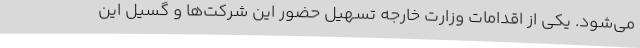
می‌شود. یکی از اقدامات وزارت خارجه تسهیل حضور این شرکت‌ها و گسیل این